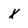
Character: x